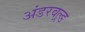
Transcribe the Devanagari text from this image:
अंडरवल्र्ड